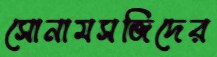
সোনামসজিদের